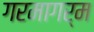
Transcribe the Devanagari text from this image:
गरमागर्म